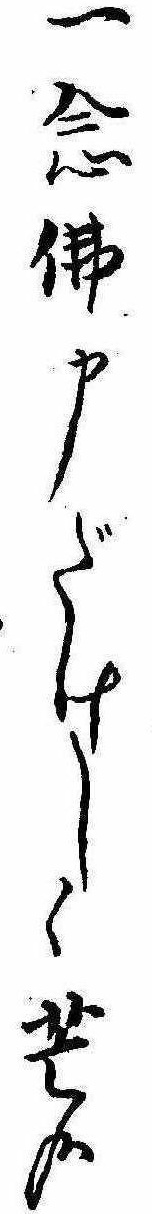
一念仏申だけしく芒哉